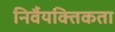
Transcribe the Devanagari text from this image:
निर्वैयक्तिकता